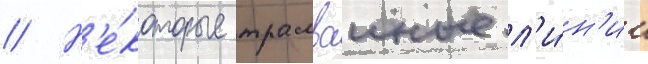
// Н'е́которые трамваиные л'и́н'ии